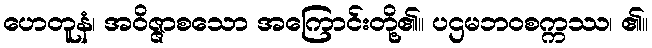
ဟေတူနံ၊ အဝိဇ္ဇာစသော အကြောင်းတို့၏။ ပဌမဘဝစက္ကဿ၊ ၏။